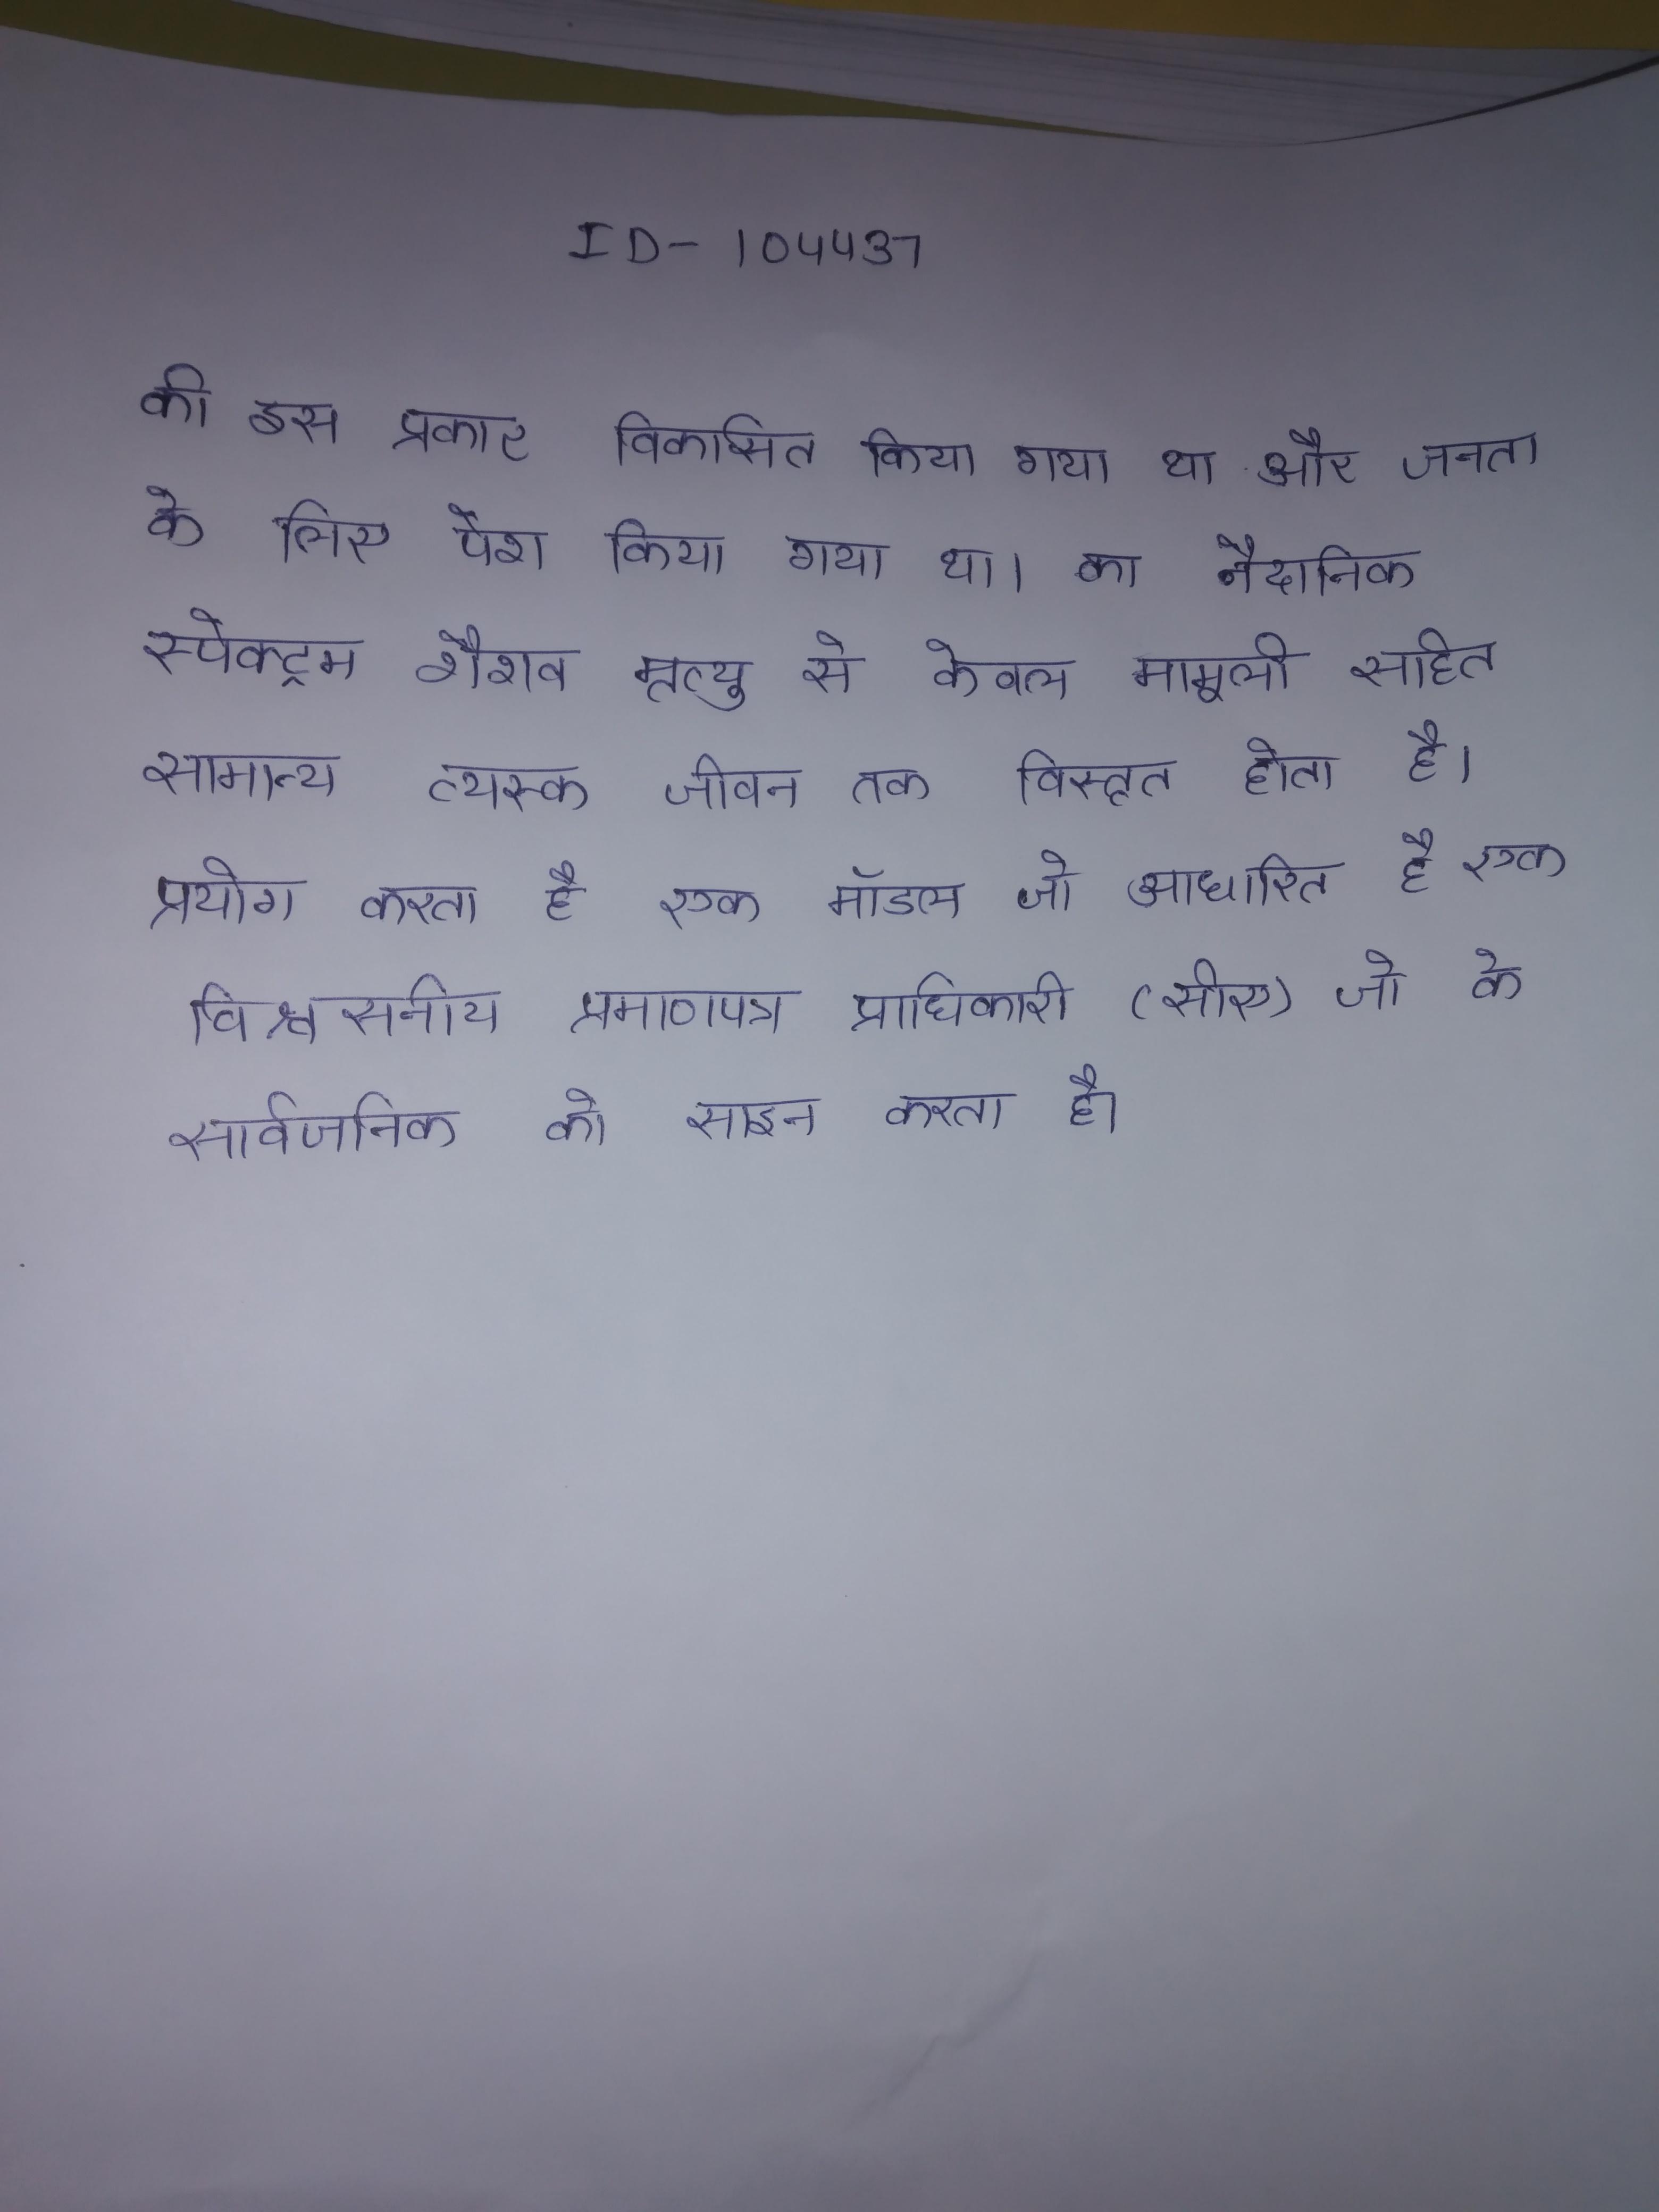
की इस प्रकार . विकसित किया गया था और जनता के लिए पेश किया गया था । का नैदानिक स्पेक्ट्रम शैशव मृत्यु से केवल मामूली सहित सामान्य वयस्क जीवन तक विस्तृत होता है । प्रयोग करता है एक मॉडल जो आधारित है एक विश्वसनीय प्रमाणपत्र प्राधिकारी (सीए) जो के सार्वजनिक को साइन करता है ।